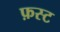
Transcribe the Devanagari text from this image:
फ़स्ट